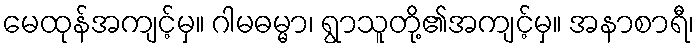
မေထုန်အကျင့်မှ။ ဂါမဓမ္မာ၊ ရွာသူတို့၏အကျင့်မှ။ အနာစာရီ၊